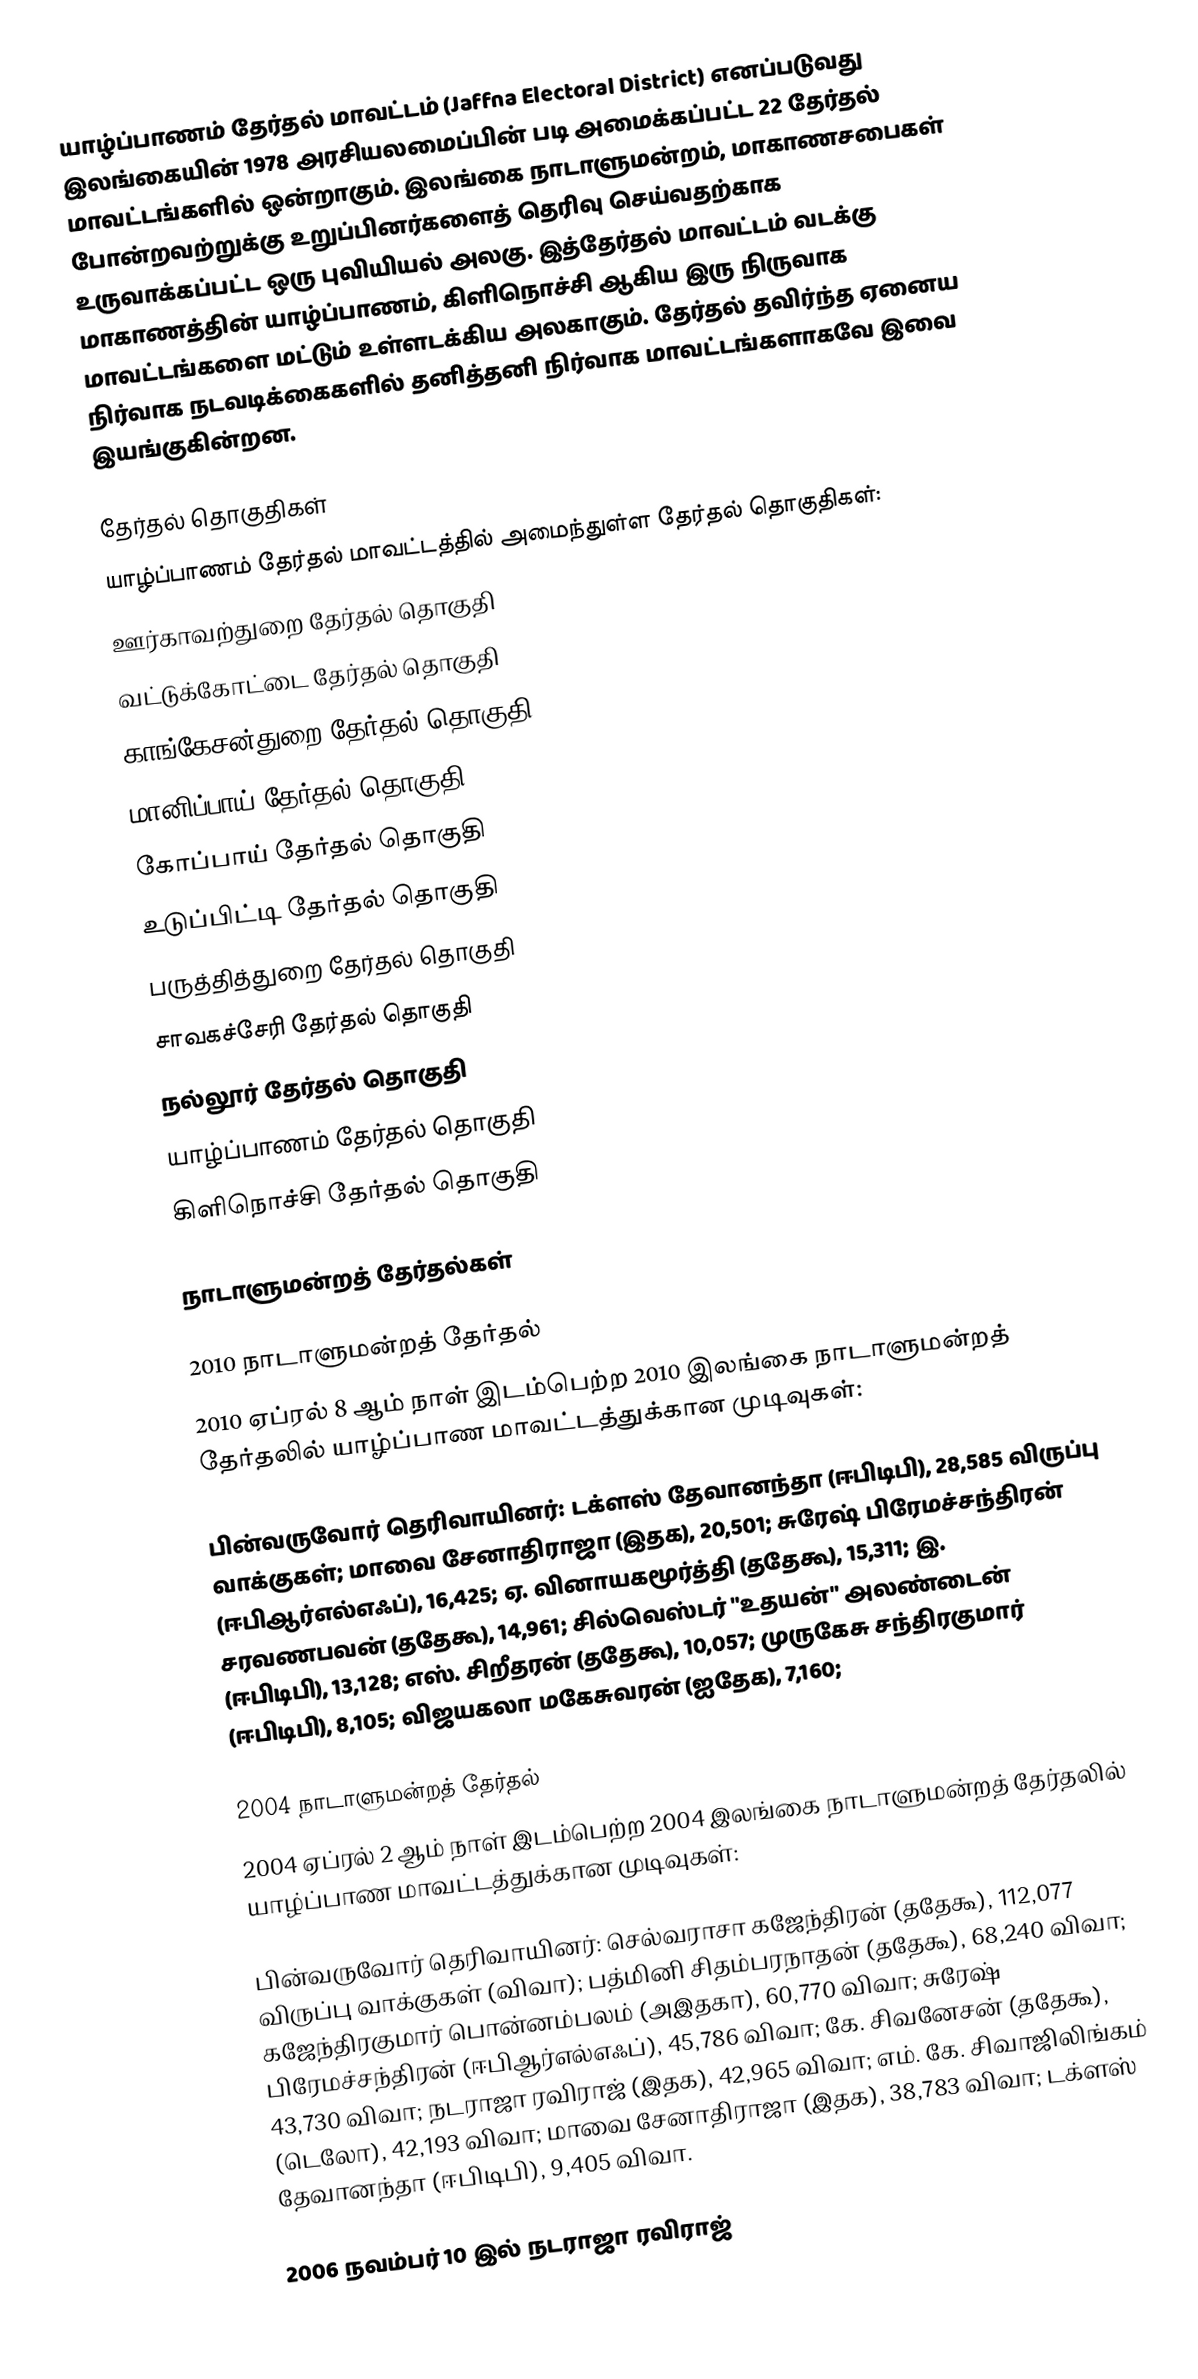
யாழ்ப்பாணம் தேர்தல் மாவட்டம் (Jaffna Electoral District) எனப்படுவது இலங்கையின் 1978 அரசியலமைப்பின் படி அமைக்கப்பட்ட 22 தேர்தல் மாவட்டங்களில் ஒன்றாகும். இலங்கை நாடாளுமன்றம், மாகாணசபைகள் போன்றவற்றுக்கு உறுப்பினர்களைத் தெரிவு செய்வதற்காக உருவாக்கப்பட்ட ஒரு புவியியல் அலகு. இத்தேர்தல் மாவட்டம் வடக்கு மாகாணத்தின் யாழ்ப்பாணம், கிளிநொச்சி ஆகிய இரு நிருவாக மாவட்டங்களை மட்டும் உள்ளடக்கிய அலகாகும். தேர்தல் தவிர்ந்த ஏனைய நிர்வாக நடவடிக்கைகளில் தனித்தனி நிர்வாக மாவட்டங்களாகவே இவை இயங்குகின்றன.

தேர்தல் தொகுதிகள்
யாழ்ப்பாணம் தேர்தல் மாவட்டத்தில் அமைந்துள்ள தேர்தல் தொகுதிகள்:
 ஊர்காவற்துறை தேர்தல் தொகுதி
 வட்டுக்கோட்டை தேர்தல் தொகுதி
 காங்கேசன்துறை தேர்தல் தொகுதி
 மானிப்பாய் தேர்தல் தொகுதி
 கோப்பாய் தேர்தல் தொகுதி
 உடுப்பிட்டி தேர்தல் தொகுதி
 பருத்தித்துறை தேர்தல் தொகுதி
 சாவகச்சேரி தேர்தல் தொகுதி
 நல்லூர் தேர்தல் தொகுதி
 யாழ்ப்பாணம் தேர்தல் தொகுதி
 கிளிநொச்சி தேர்தல் தொகுதி

நாடாளுமன்றத் தேர்தல்கள்

2010 நாடாளுமன்றத் தேர்தல்
2010 ஏப்ரல் 8 ஆம் நாள் இடம்பெற்ற 2010 இலங்கை நாடாளுமன்றத் தேர்தலில் யாழ்ப்பாண மாவட்டத்துக்கான முடிவுகள்:

பின்வருவோர் தெரிவாயினர்: டக்ளஸ் தேவானந்தா (ஈபிடிபி), 28,585 விருப்பு வாக்குகள்; மாவை சேனாதிராஜா (இதக), 20,501; சுரேஷ் பிரேமச்சந்திரன் (ஈபிஆர்எல்எஃப்), 16,425; ஏ. வினாயகமூர்த்தி (ததேகூ), 15,311; இ. சரவணபவன் (ததேகூ), 14,961; சில்வெஸ்டர் "உதயன்" அலண்டைன் (ஈபிடிபி), 13,128; எஸ். சிறீதரன் (ததேகூ), 10,057; முருகேசு சந்திரகுமார் (ஈபிடிபி), 8,105; விஜயகலா மகேசுவரன் (ஐதேக), 7,160;

2004 நாடாளுமன்றத் தேர்தல்
2004 ஏப்ரல் 2 ஆம் நாள் இடம்பெற்ற 2004 இலங்கை நாடாளுமன்றத் தேர்தலில் யாழ்ப்பாண மாவட்டத்துக்கான முடிவுகள்:

பின்வருவோர் தெரிவாயினர்: செல்வராசா கஜேந்திரன் (ததேகூ), 112,077 விருப்பு வாக்குகள் (விவா); பத்மினி சிதம்பரநாதன் (ததேகூ), 68,240 விவா; கஜேந்திரகுமார் பொன்னம்பலம் (அஇதகா), 60,770 விவா; சுரேஷ் பிரேமச்சந்திரன் (ஈபிஆர்எல்எஃப்), 45,786 விவா; கே. சிவனேசன் (ததேகூ), 43,730 விவா; நடராஜா ரவிராஜ் (இதக), 42,965 விவா; எம். கே. சிவாஜிலிங்கம் (டெலோ), 42,193 விவா; மாவை சேனாதிராஜா (இதக), 38,783 விவா; டக்ளஸ் தேவானந்தா (ஈபிடிபி), 9,405 விவா.

2006 நவம்பர் 10 இல் நடராஜா ரவிராஜ்